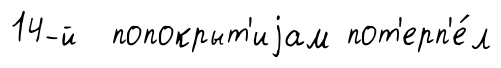
14-й попокрыт'иjам пот'ерп'е́л